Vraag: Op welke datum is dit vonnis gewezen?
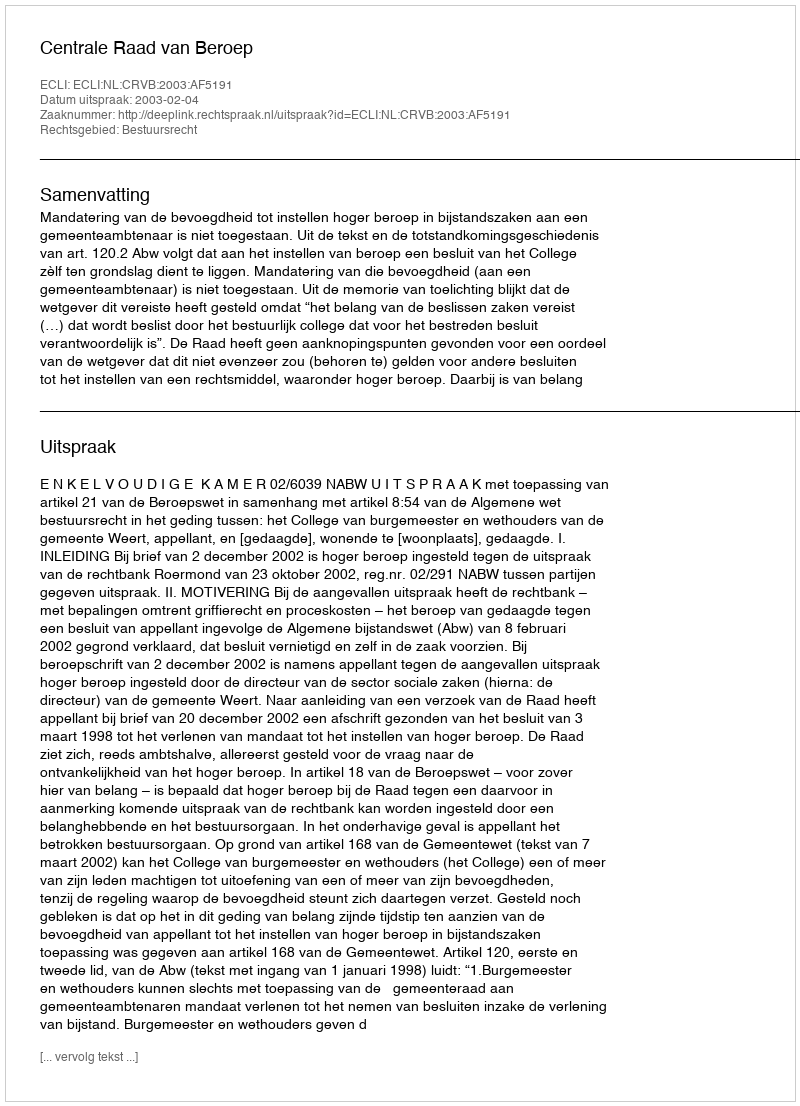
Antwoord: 2003-02-04